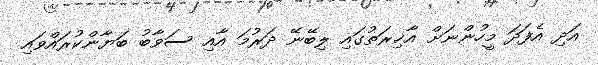
އަދި އެފަދަ މީހުންނަށް އާޚިރަތުގައި ލިބޭނޭ ދަރުމަ އާއި ސަވާބު ބަޔާންކުރައްވައި